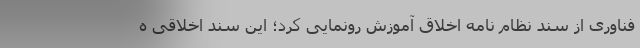
فناوری از سند نظام نامه اخلاق آموزش رونمایی کرد؛ این سند اخلاقی ه